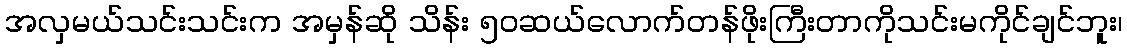
အလှမယ်သင်းသင်းက အမှန်ဆို သိန်း ၅၀ဆယ်လောက်တန်ဖိုးကြီးတာကိုသင်းမကိုင်ချင်ဘူး၊